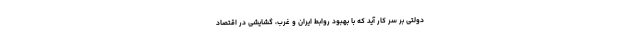
دولتی بر سر کار آید که با بهبود روابط ایران و غرب، گشایشی در اقتصاد